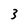
Character: 3